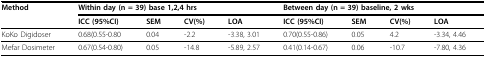
<table><thead><tr><td><b>Method</b></td><td colspan="4"><b>Within day (n = 39) base 1,2,4 hrs</b></td><td colspan="4"><b>Between day (n = 39) baseline, 2 wks</b></td></tr><tr><td></td><td><b>ICC (95%CI)</b></td><td><b>SEM</b></td><td><b>CV(%)</b></td><td><b>LOA</b></td><td><b>ICC (95%CI)</b></td><td><b>SEM</b></td><td><b>CV(%)</b></td><td><b>LOA</b></td></tr></thead><tbody><tr><td>KoKo Digidoser</td><td>0.68(0.55-0.80</td><td>0.04</td><td>-2.2</td><td>-3.38, 3.01</td><td>0.70(0.55-0.86)</td><td>0.05</td><td>4.2</td><td>-3.34, 4.46</td></tr><tr><td>Mefar Dosimeter</td><td>0.67(0.54-0.80)</td><td>0.05</td><td>-14.8</td><td>-5.89, 2.57</td><td>0.41(0.14-0.67)</td><td>0.06</td><td>-10.7</td><td>-7.80, 4.36</td></tr></tbody></table>